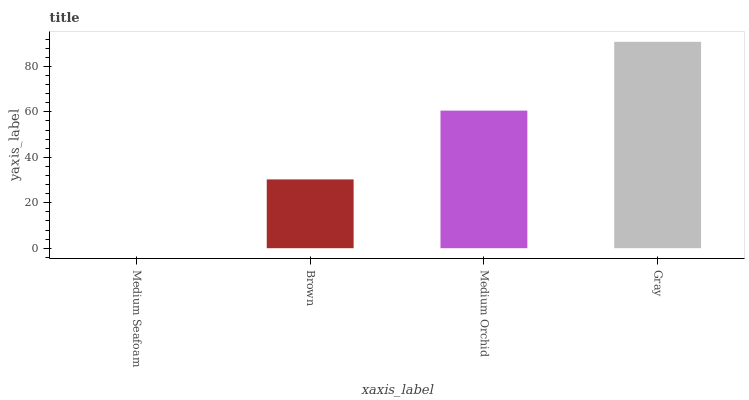
| xaxis_label | bars |
 | --- | --- |
 | Medium Seafoam | 0 |
 | Brown | 30.3 |
 | Medium Orchid | 60.6 |
 | Gray | 90.8 |